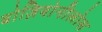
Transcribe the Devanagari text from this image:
बोज़ियोनीलोस